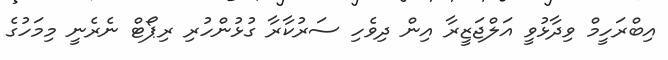
އިބްރަހީމް ވިދާޅުވީ އަލްޖަޒީރާ އިން ދިވެހި ސަރުކާރާ ގުޅުންހުރި ރިޕޯޓް ނެރެނީ މިމަހުގެ